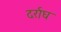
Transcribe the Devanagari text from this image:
दर्राघ